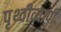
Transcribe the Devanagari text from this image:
पृथ्वीव्यापी